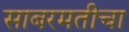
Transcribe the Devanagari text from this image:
साबरमतीचा